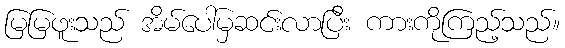
မြမြဖူးသည် အိမ်ပေါ်မှဆင်းလာပြီး ကားကိုကြည့်သည်။